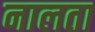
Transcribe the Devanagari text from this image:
नालता